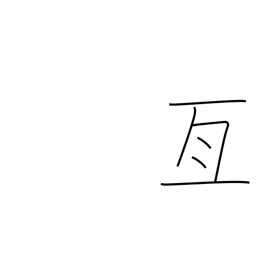
Meaning: cover